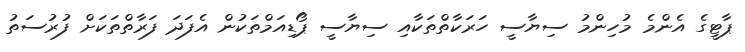
ޕާޓީގެ އެންމެ މުހިންމު ސިޔާސީ ހަރަކާތްތަކާއި ސިޔާސީ ޕޯޑިއަމްތަކުން އެފަދަ ފަރާތްތަކަށް ފުރުސަތު